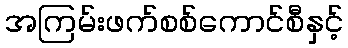
အကြမ်းဖက်စစ်ကောင်စီနှင့်